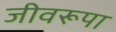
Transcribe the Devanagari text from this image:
जीवरूपा